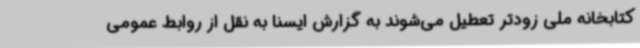
کتابخانه ملی زودتر تعطیل می‌شوند به گزارش ایسنا به نقل از روابط عمومی